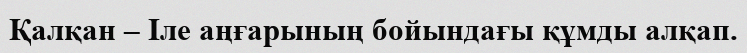
Қалқан – Іле аңғарының бойындағы құмды алқап.